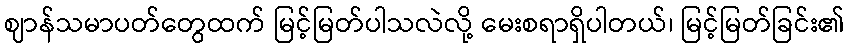
ဈာန်သမာပတ်တွေထက် မြင့်မြတ်ပါသလဲလို့ မေးစရာရှိပါတယ်၊ မြင့်မြတ်ခြင်း၏